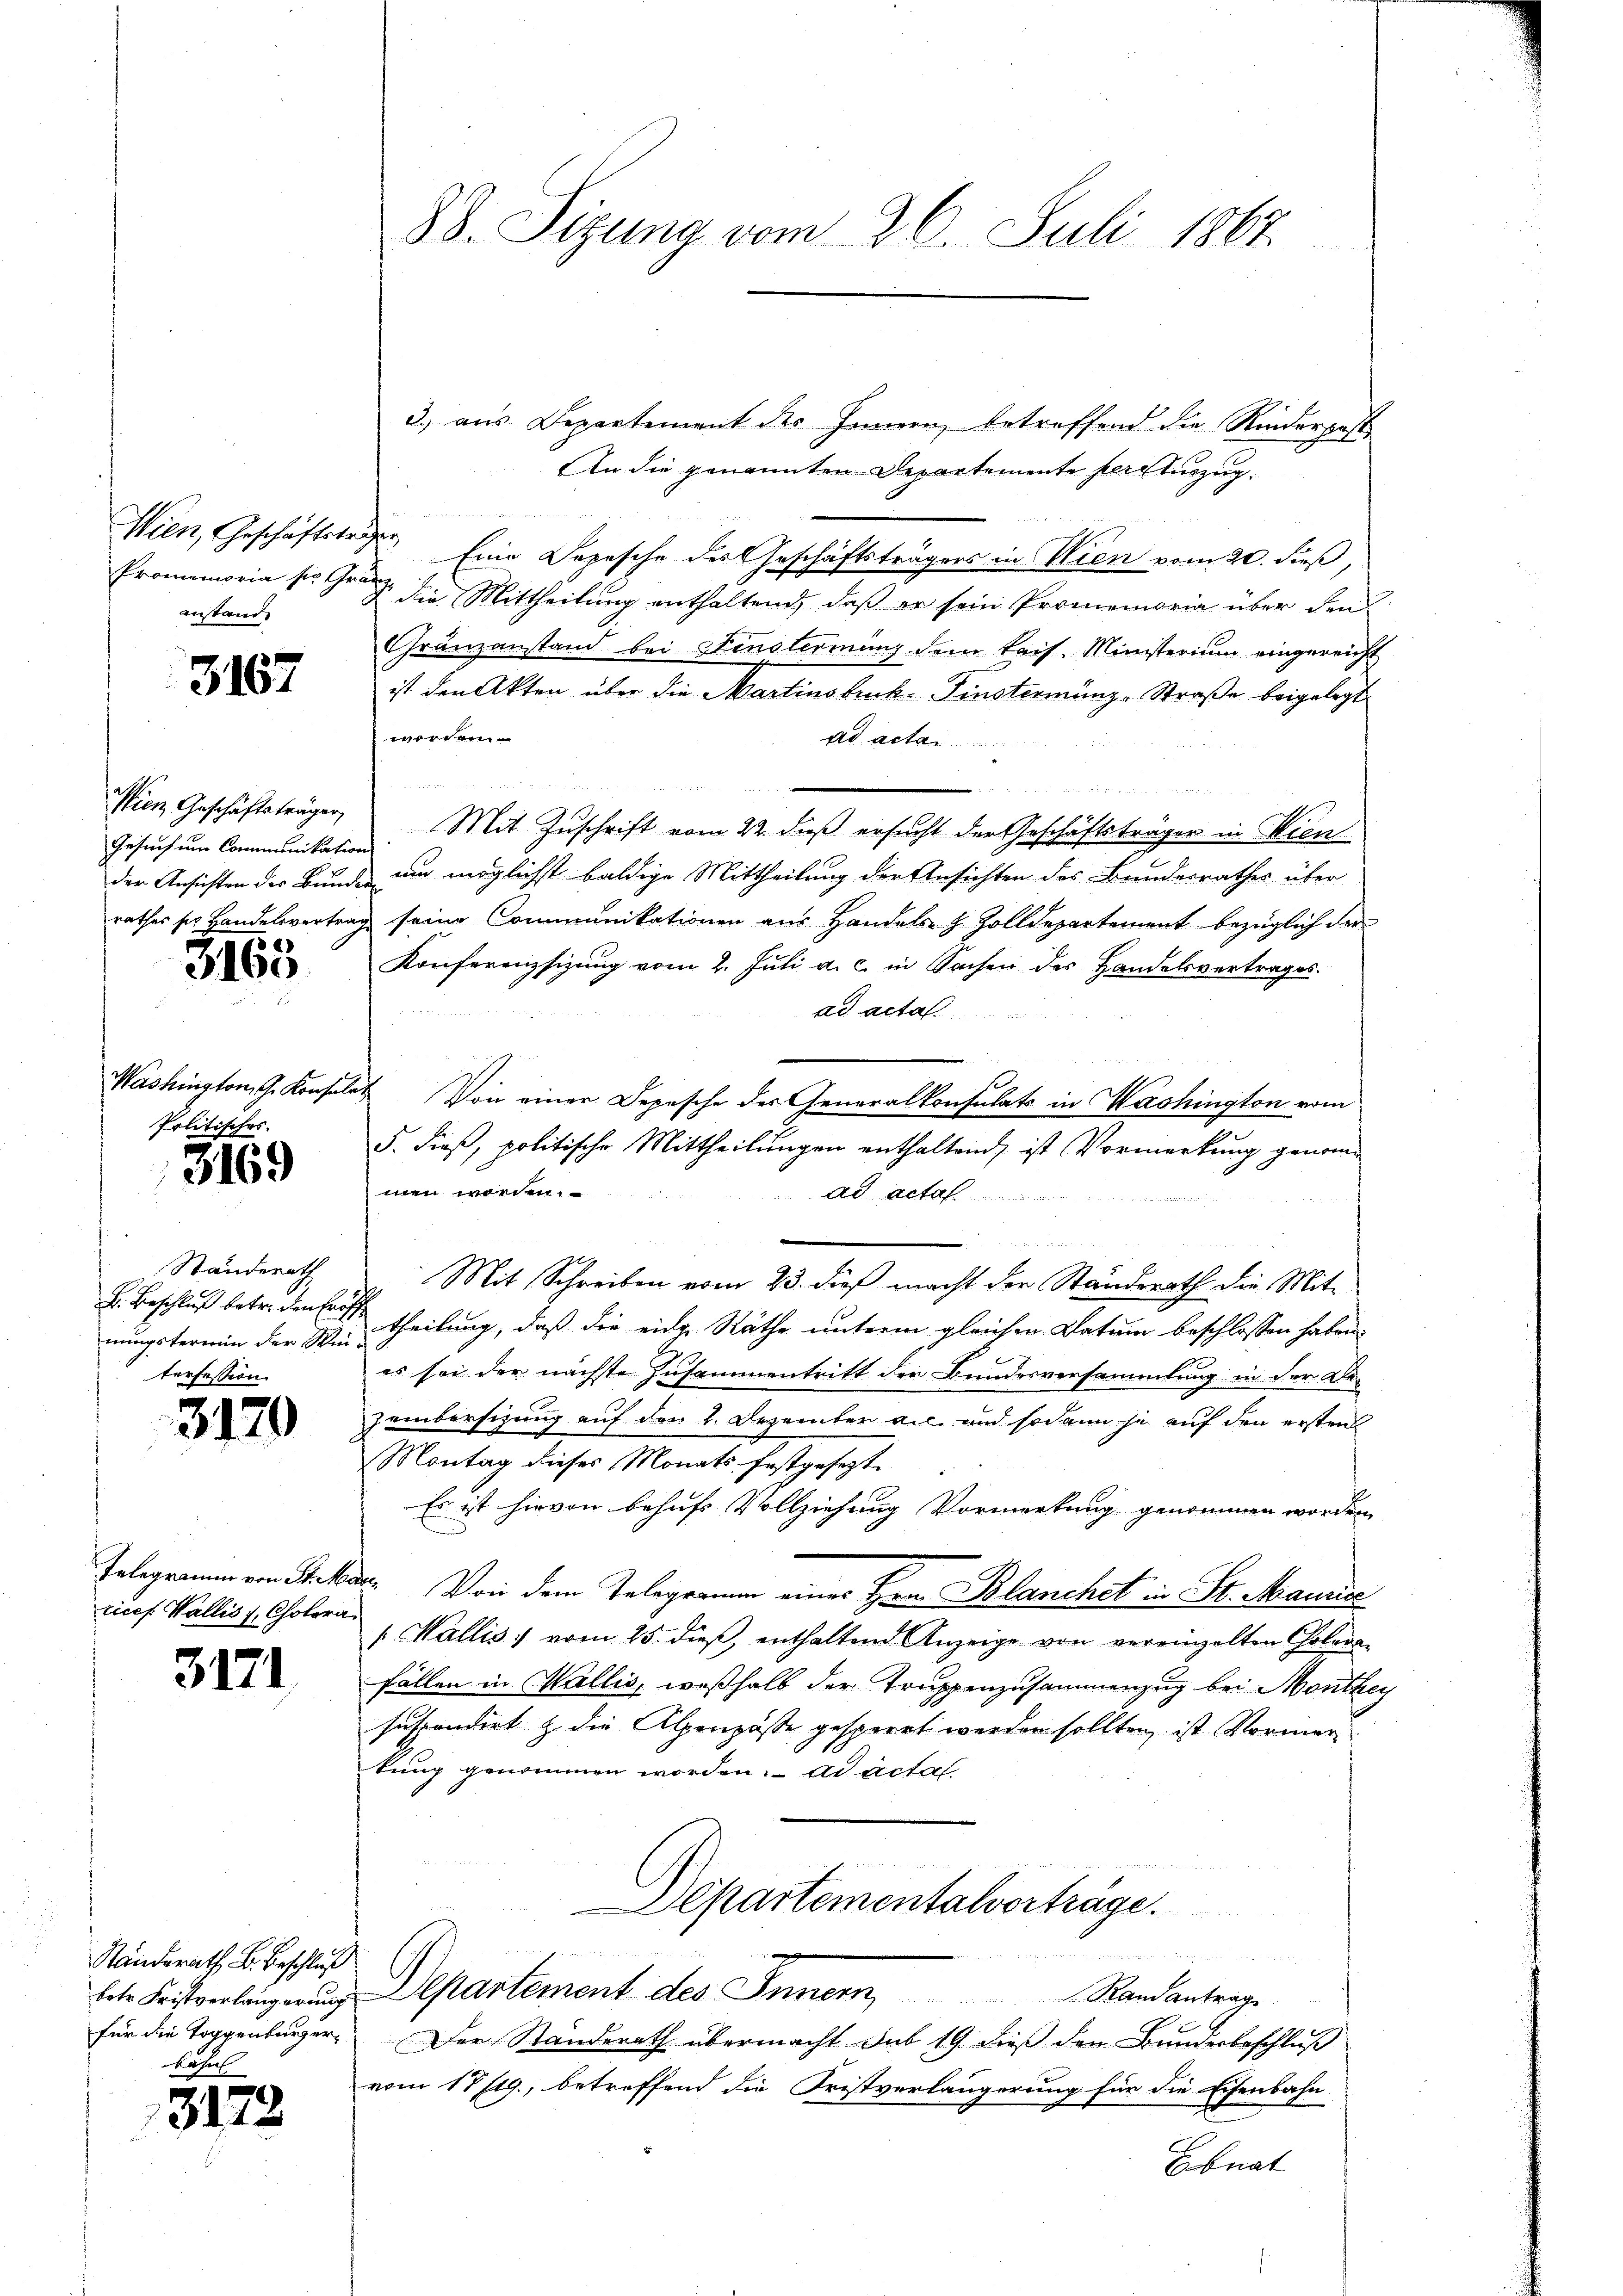
Wien, Geschäftsträger
anstand.

3167

Gesuch um Communikation
56)

3160

Politisches.

3169

Standerath
nungstermin der Win-
torfession.

3170

rices. Wallis 1, Cholera¬

3171

Ständerath B. Beschluß
bahnl

3172

3.) aus Departement des Innern, betreffend die Rinderpost
An die genannten Departemente pere Auszug
x
Eine Depesche des Geschäftsträgers in Wien vom 20. dieß,
Promemoria so trag die Mittheilung enthaltend, daß er sein Promemoria über den
Gränzanstand bei Fenstermin dem kais. Ministerium eingereicht
ist den Akten über die Martinstruck. Finsterminz-Straße beigelegt
werden.
ad acta
.

Wien Geschäftsträger, Mit Zuschrift vom 22. dieß ersucht der Geschäftsträger in Wien
der Ansichten der Bunde und möglichst baldige Mittheilung der Ansichten des Bundesrathes über
rathes sie Handelsvertrag seine Communikationen aus Handels- & Zolldepartement bezüglich der
Konferenzsizŭng vom 2. Jŭli a. c. in Sachen des Handelsvertrages.
ad acta
Washington, che Konsulat Von einer Depesche der Generalkonsulats in Washington vom
5. dieß, politische Mittheilungen enthaltend, ist Vormerkung genommen worden.
ad acta.
Mit Schreiben vom 23. dieß macht der Standerath die Mit-
L. Beschluß betr. den seine theilung, daß die eide Räthe unterm gleichen Datum beschlossen haben.
es sei der nächste Zusammentritt der Bundesversammlung in der Be-
zembersitzung auf den 2. Dezember die und sodann je auf den ersten
Montag dieses Monatsfestgesezt.
Es ist hievon behufs Vollziehung Vormerkung genommen worden
Telegramm von Steker. Von dem Telegramm eines Hrn. Blanchet in St. Manne
(Wallis 1 vom 25. dieß, enthaltend Anzeige von vereinzelten Colera-
fällen in Wallis, weßhalb der Truppenzusammenzug bei Monthey
Inspendirt & die Alpenpässe gesperrt werden sollten, ist Vormer
kung genommen worden. ad acta
epartementalvorträge.
g
t
betr. Fristverlängerŭng Departement des Innern Randantrage
für die Toggenburger. Der Standerath übermacht sub 19. dieß den Bundesbeschluß
vom 17/19., betreffend die Fristverlängerung für die Eisenbahn
Ebnat

28. Sizung vom 26. Juli 1867.